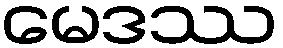
မေဒဿ